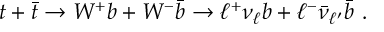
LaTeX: t + \bar { t } \to W ^ { + } b + W ^ { - } { \bar { b } } \to \ell ^ { + } \nu _ { \ell } b + \ell ^ { - } \bar { \nu } _ { \ell ^ { \prime } } \bar { b } \, \, .